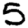
Digit: 5